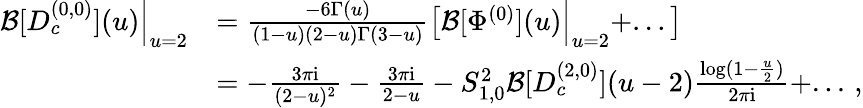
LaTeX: \begin{array}{rl}{\mathcal{B}[D_{c}^{(0,0)}](u)\Big|_{u=2}}&{=\frac{-6\Gamma(u)}{(1-u)(2-u)\Gamma(3-u)}\left[\mathcal{B}[\Phi^{(0)}](u)\Big|_{u=2}+...\right]}\\ &{=-\frac{3\pi\mathrm{i}}{(2-u)^{2}}-\frac{3\pi\mathrm{i}}{2-u}-S_{1,0}^{2}\mathcal{B}[D_{c}^{(2,0)}](u-2)\frac{\log(1-\frac{u}{2})}{2\pi\mathrm{i}}+...\, ,}\end{array}